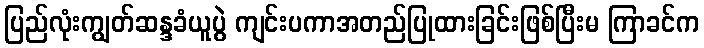
ပြည်လုံးကျွတ်ဆန္ဒခံယူပွဲ ကျင်းပကာအတည်ပြုထားခြင်းဖြစ်ပြီးမ ကြာခင်က